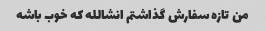
من تازه سفارش گذاشتم انشالله که خوب باشه